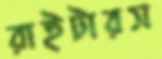
রাইটারস